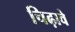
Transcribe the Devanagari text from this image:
चिढ़ावे